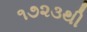
૧૭૨૩થી